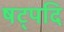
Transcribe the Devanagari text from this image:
षट्पदि